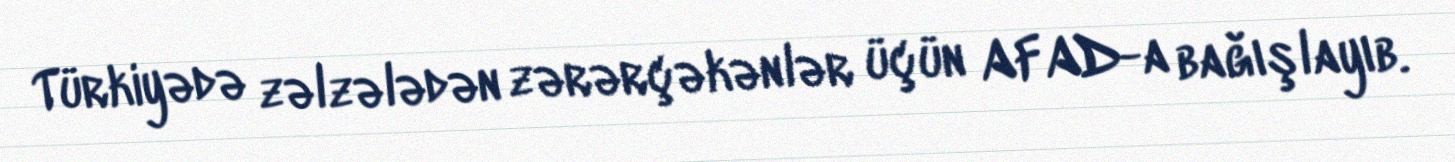
Türkiyədə zəlzələdən zərərçəkənlər üçün AFAD-a bağışlayıb.